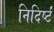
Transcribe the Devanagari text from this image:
निदिर्ष्टं